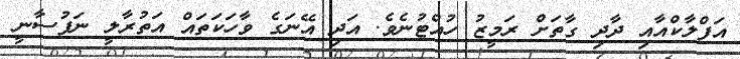
އަފްލާކްއާއި ދާދި ގާތަށް ރަމީޒު ހުއްޓުނެވެ. އަދި އޭނަގެ ވާހަކަތައް އަތުރާލީ ނަފުސާނީ